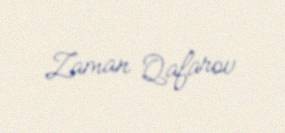
Zaman Qafarov